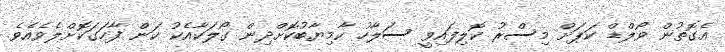
އެގޮތުން ވޯލްޑް ކަޕަށް މިސްރު ކޮލިފައިވީ ސަލާހު ކާމިޔާބުކޮށްދިން ގޯލަކާއެކު ކަން ފާހަގަކޮށްލެވެއެވެ.